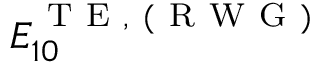
E _ { 1 0 } ^ { \mathrm { ~ T ~ E ~ } , \mathrm { ~ ( ~ R ~ W ~ G ~ ) ~ } }